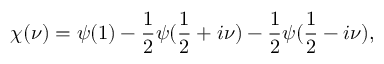
\chi ( \nu ) = \psi ( 1 ) - { \frac { 1 } { 2 } } \psi ( { \frac { 1 } { 2 } } + i \nu ) - { \frac { 1 } { 2 } } \psi ( { \frac { 1 } { 2 } } - i \nu ) ,